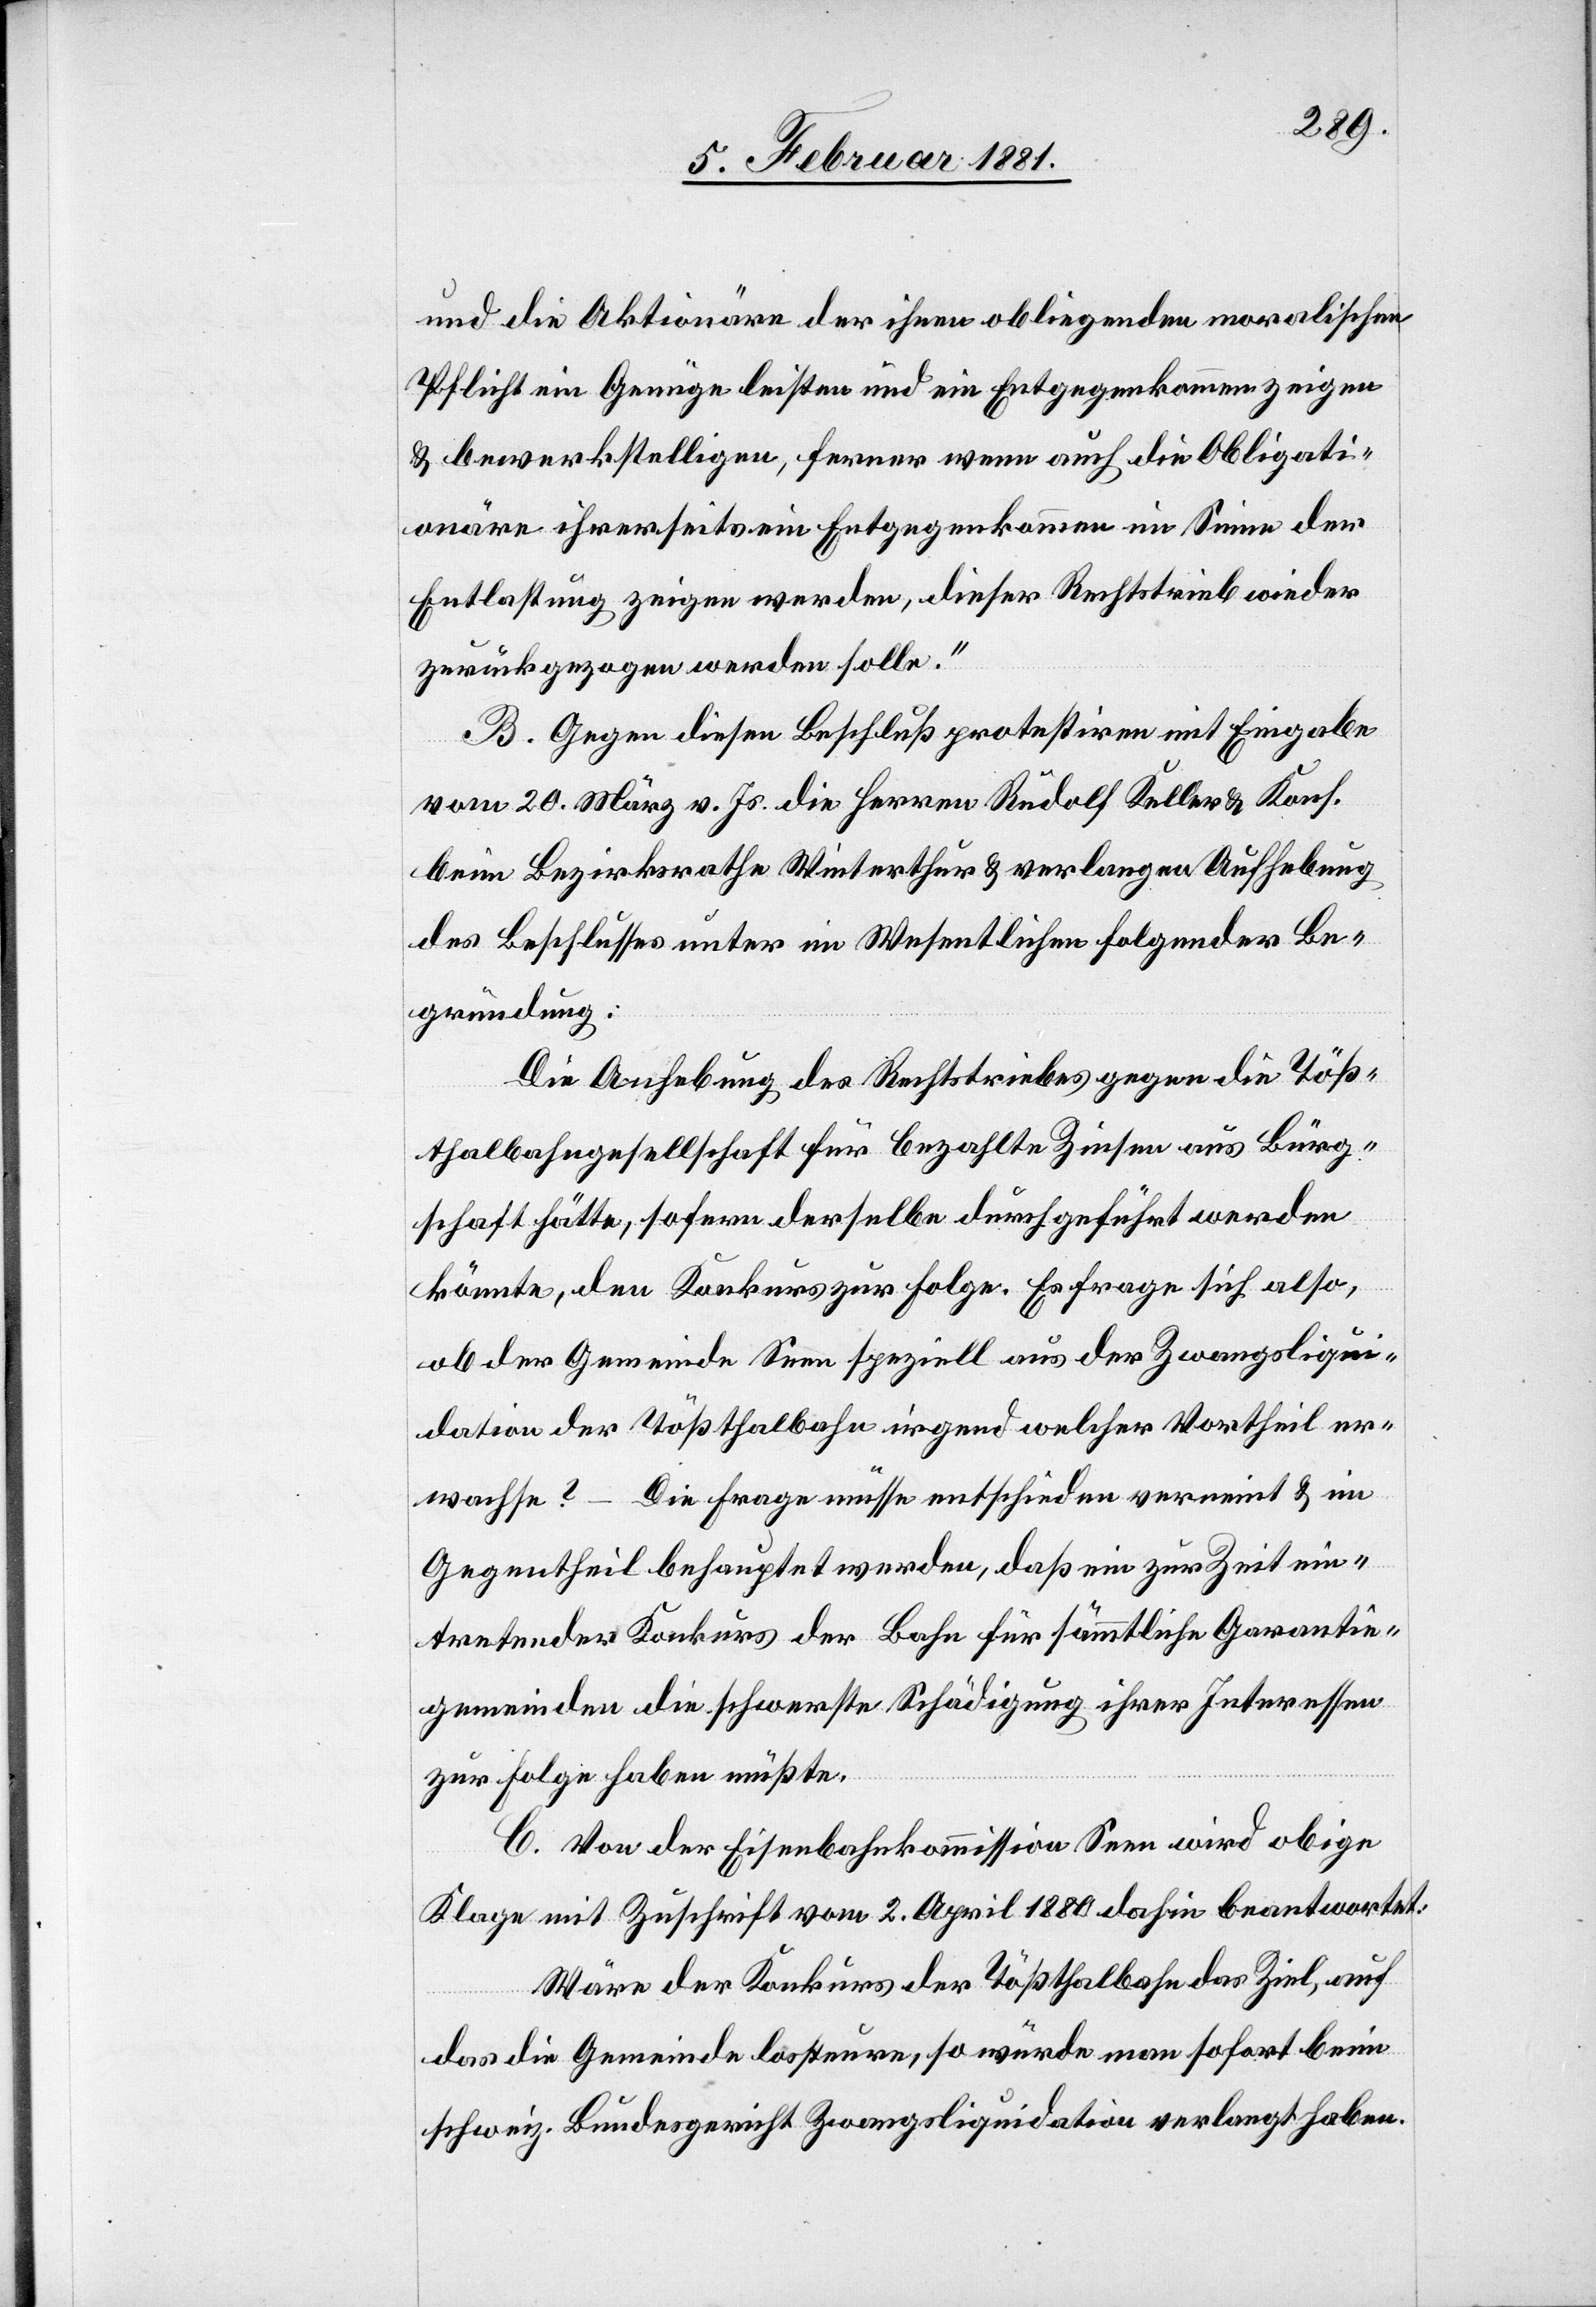
und die Aktionäre der ihnen obliegenden moralischen
Pflicht ein Genüge leisten und ein Entgegenkommen zeigen
& bewerkstelligen, ferner wenn auch die Obligati¬
onäre ihrerseits ein Entgegenkommen im Sinne der
Entlastung zeigen werden, dieser Rechtstrieb wieder
zurückgezogen werden solle.“
B. Gegen diesen Beschluß protestiren mit Eingabe
vom 20. März v. Js. die Herren Rudolf Keller & Kons.-
beim Bundesrathe Winterthur & verlangen Aufhebung
des Beschlusses unter im Wesentlichen folgender Be¬
gründung:
Die Aufhebung des Rechtstriebes gegen die Töß¬
thalbahngesellschaft für bezahlte Zinsen aus Bürger¬
schaft hätte, sofern derselbe durchgeführt werden
könnte, den Konkurs zur Folge. Es frage sich also,
ob der Gemeinde Seen speziell aus der Zwangsliqui¬
dation der Tößthalbahn irgend welcher Vortheil er¬
wachse? – Die Frage müsse entschieden verneint & im
Gegentheil behauptet werden, daß ein zur Zeit ein¬
tretender Konkurs der Bahn für sämmtliche Garantie¬
gemeinden die schwerste Schädigung ihrer Interessen
zur Folge haben müßte.
C. Von der Eisenbahnkommission Seen wird obige
Klage mit Zuschrift vom 2. April 1880 dahin beantwortet:
Wäre der Konkurs der Tößthalbahn das Ziel, auf
das die Gemeinde lossteure, so würde man sofort beim
schweiz. Bundesgericht Zwangsliquidation verlangt haben.